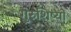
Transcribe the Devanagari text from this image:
गुरुशिष्यों